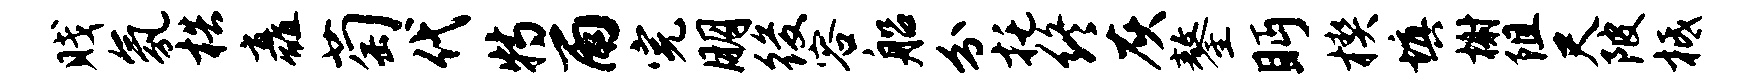
贱氛梏矗萄代特雨完朋後容船分托终灰鏊眄楔填榭阻尺陂柢